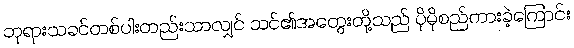
ဘုရားသခင်တစ်ပါးတည်းသာလျှင် သင်၏အတွေးတို့သည် ပိုမိုစည်ကားခဲ့ကြောင်း